Rangoon Lunatic Asylum 1898-1906 - 1898-1906
Year: 1898
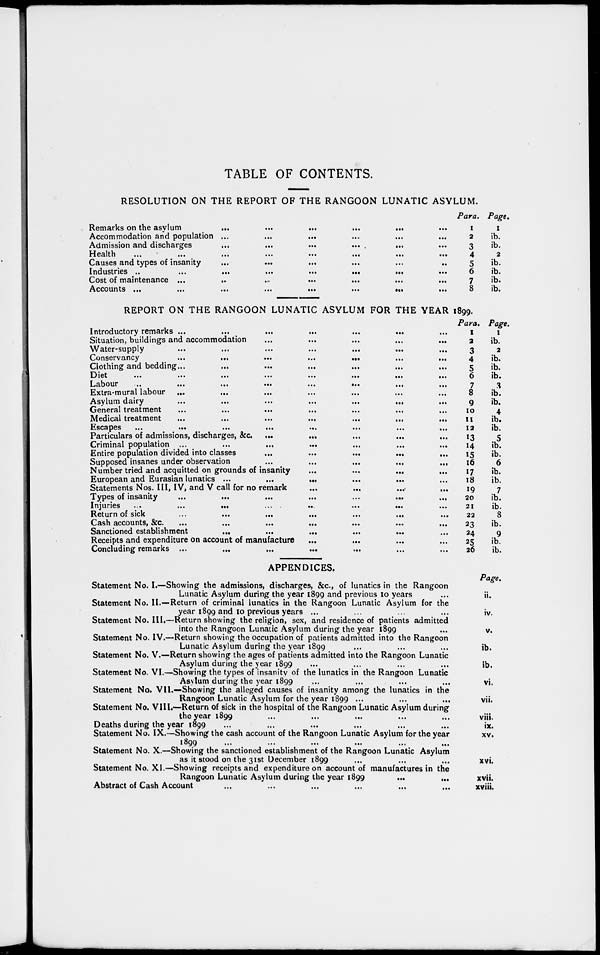
TABLE OF CONTENTS.
RESOLUTION ON THE REPORT OF THE RANGOON LUNATIC ASYLUM.
Remarks on the asylum
...
...
...
...
...
...
Accommodation and population ...
...
...
...
...
...
Admission and discharges
...
...
...
...
...
...
Health
...
...
...
...
...
...
...
...
Causes and types of insanity
...
...
...
...
...
..
Industries ..
...
...
...
...
...
...
...
Cost of maintenance ...
..
..
...
...
...
...
Accounts ...
...
...
...
...
...
...
...
Para.
1
2
3
4
5
6
7
8
Page,
1
ib.
ib.
2
ib.
ib.
ib.
ib.
REPORT ON THE RANGOON LUNATIC ASYLUM FOR THE YEAR 1899.
Introductory remarks ... ... ... ... ... ... ...
Situation, buildings and accommodation ... ... ... ... ...
Water-supply ... ... ... ... ... ... ...
Conservancy ... ... ... ... ... ... ...
Clothing and bedding
...
...
...
...
...
...
...
Diet
...
...
...
...
...
...
...
Labour
...
...
...
...
...
...
Extra-mural labour ... ... ... ... ... ... ...
Asylum dairy
...
...
...
...
...
...
...
General treatment
...
...
...
...
...
...
...
Medical treatment
...
...
...
...
...
...
...
Escapes
...
...
...
...
...
...
...
...
Particulars of admissions, discharges, &c ... ... ... ... ...
Criminal population
...
...
...
...
...
...
...
Entire population divided into classes
...
...
...
...
...
...
Supposed insanes under observation
...
...
...
...
...
...
Number tried and acquitted on grounds of insanity ... ... ... ...
European and Eurasian lunatics ... ... ... ... ... ...
Statements Nos. III, IV, and V call for no remark ... ... ... ...
Types of insanity
...
...
...
...
...
...
...
Injuries
...
...
...
...
...
...
...
Return of sick
...
...
...
...
...
...
...
Cash accounts, &c.
...
...
...
...
...
...
...
Sanctioned establishment
...
...
...
...
...
...
...
Receipts and expenditure on account of manufacture ... ... ... ...
Concluding remarks
...
...
...
...
...
...
...
...
Para.
1
2
3
4
5
6
7
8
9
10
11
12
13
14
15
16
17
18
19
20
21
22
23
24
25
26
Page.
1
ib.
2
ib.
ib.
ib.
3
ib.
ib.
4
ib.
ib.
5
ib.
ib.
6
ib.
ib.
7
ib.
ib.
8
ib.
9
ib.
ib.
APPENDICES.
Statement No. I.—Showing the admissions, discharges, &c, of lunatics in the Rangoon
Lunatic Asylum during the year 1899 and previous 10 years ...
Statement No. II.—Return of criminal lunatics in the Rangoon Lunatic Asylum for the
year 1899 and 10 previous years ... ... ... ...
Statement No. III.—Return showing the religion, sex, and residence of patients admitted
into the Rangoon Lunatic Asylum during the year 1899 ...
Statement No. IV.—Return showing the occupation of patients admitted into the Rangoon
Lunatic Asylum during the year 1899 ... ... ...
Statement No. V.—Return showing the ages of patients admitted into the Rangoon Lunatic
Asylum during the year 1899 ... ... ... ...
Statement No. VI.—Showing the types of insanity of the lunatics in the Rangoon Lunatic
Asylum during the year 1899 ... ... ... ...
Statement No. VII.—Showing the alleged causes of insanity among the lunatics in the
Rangoon Lunatic Asylum for the year 1899 ... ... ...
Statement No. VIII.—Return of sick in the hospital of the Rangoon Lunatic Asylum during
the year 1899 ... ... ... ... ...
Deaths during the year 1899 ... ... ... ... ... ...
Statement No. IX.—Showing the cash account of the Rangoon Lunatic Asylum for the year
1899 ... ... ... ... ... ...
Statement No. X.—Showing the sanctioned establishment of the Rangoon Lunatic Asylum
as it stood on the 31st December 1899 ... ... ...
Statement No. XI.—Showing receipts and expenditure on account of manufactures in the
Rangoon Lunatic Asylum during the year 1899
...
...
Abstract of Cash Account ... ... ... ... ... ...
Page.
ii.
iv.
v.
ib.
ib.
vi.
vii.
viii.
ix.
XV.
xvi.
xvii.
xviii.